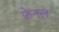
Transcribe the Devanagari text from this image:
फ्रेनल